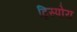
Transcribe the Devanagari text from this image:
ट्रिस्पोरा